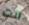
انت